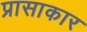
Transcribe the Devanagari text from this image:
प्रासाकार